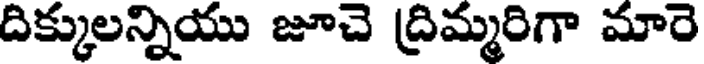
దిక్కులన్నియు జూచె ద్రిమ్మరిగా మారె